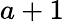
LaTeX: a+1